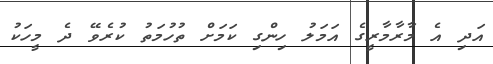
އަދި އެ މާރާމާރީގެ އަމަލު ހިންގި ކަމަށް ތުހުމަތު ކުރެވޭ ދެ މީހަކު